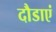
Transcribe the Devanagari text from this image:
दौडाएं